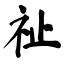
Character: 祉